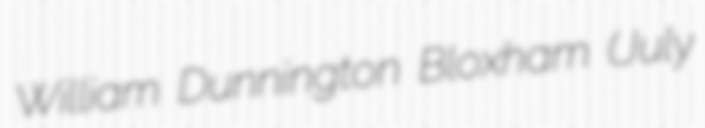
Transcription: William Dunnington Bloxham (July